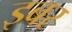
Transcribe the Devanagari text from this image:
इबर